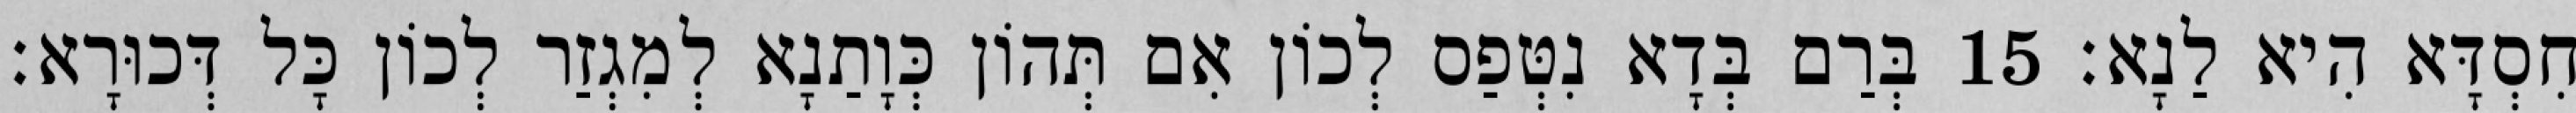
חִסְדָּא הִיא לַנָא׃ 15 בְּרַם בְּדָא נִטְּפַס לְכוֹן אִם תְּהוֹן כְּוָתַנָא לְמִגְזַר לְכוֹן כָּל דְּכוּרָא׃